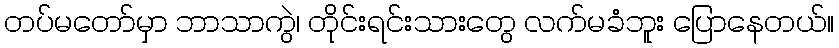
တပ်မတော်မှာ ဘာသာကွဲ၊ တိုင်းရင်းသားတွေ လက်မခံဘူး ပြောနေတယ်။